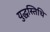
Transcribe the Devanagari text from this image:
युद्धस्तिथि